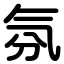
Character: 氛